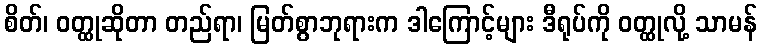
စိတ်၊ ဝတ္ထုဆိုတာ တည်ရာ၊ မြတ်စွာဘုရားက ဒါကြောင့်များ ဒီရုပ်ကို ဝတ္ထုလို့ သာမန်